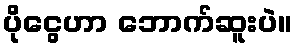
ပိုငွေဟာ ဘောက်ဆူးပဲ။